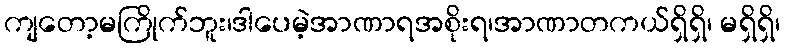
ကျတော့မကြိုက်ဘူး၊ဒါပေမဲ့အာဏာရအစိုးရ၊အာဏာတကယ်ရှိရှိ၊ မရှိရှိ၊